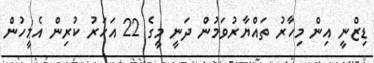
ޑިޒްނީ އިން މިހާރު ތައްޔާރުވަމުން ދަނީ މީގެ 22 އަހަރު ކުރިން އެމީހުން